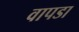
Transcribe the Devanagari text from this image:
वापडा